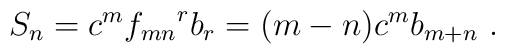
S_{n} = c^{m} {f_{mn}}^{r} b_{r} = (m-n)c^{m} b_{m+n}~.